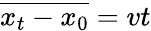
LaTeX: \overline{{x_{t}-x_{0}}}=vt